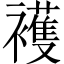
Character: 𧞤